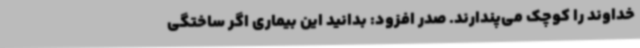
خداوند را کوچک می‌پندارند. صدر افزود: بدانید این بیماری اگر ساختگی